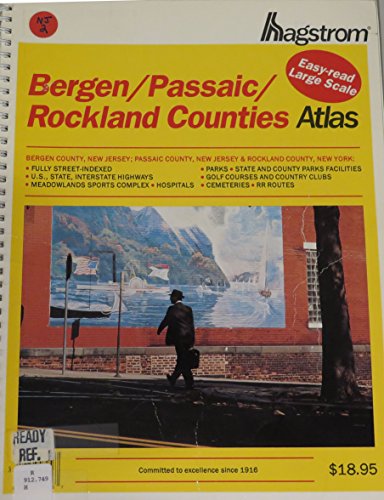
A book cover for Hagstrom Bergen/Passaic/Rockland Counties: New Jersey and New York (Hagstrom Bergen, Passaic, Rockland Counties Atlas Large Scale Edition); Hagstrom Map Company; Travel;